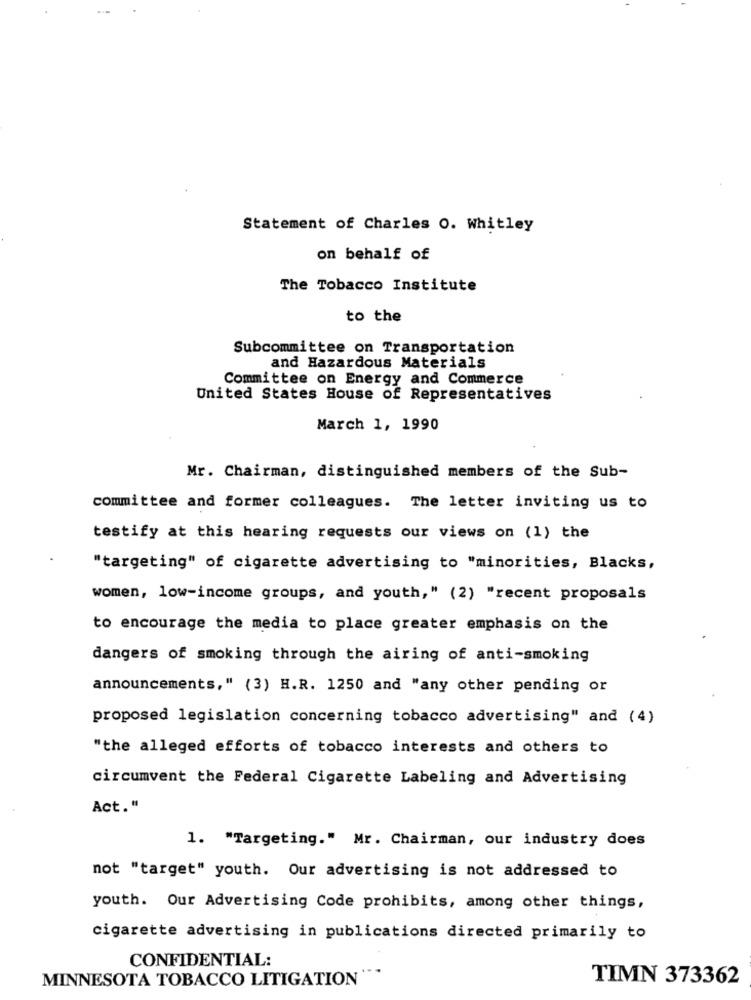
Statement of Charles O. Whitley
on behalf of
The Tobacco Institute
to the
Subcommittee on Transportation
and Hazardous Materials
Committee on Energy and Commerce
United States House of Representatives
March 1, 1990
Mr. Chairman, distinguished members of the Sub-
committee and former colleagues. The letter inviting us to
testify at this hearing requests our views on (1) the
"targeting" of cigarette advertising to "minorities, Blacks,
women, low-income groups, and youth," (2) "recent proposals
to encourage the media to place greater emphasis on the
dangers of smoking through the airing of anti-smoking
announcements," (3) H.R. 1250 and "any other pending or
proposed legislation concerning tobacco advertising" and (4)
"the alleged efforts of tobacco interests and others to
circumvent the Federal Cigarette Labeling and Advertising
Act."
1. "Targeting." Mr. Chairman, our industry does
not "target" youth. Our advertising is not addressed to
youth. Our Advertising Code prohibits, among other things,
cigarette advertising in publications directed primarily to
CONFIDENTIAL:
MINNESOTA TOBACCO LITIGATION
TIMN 373362